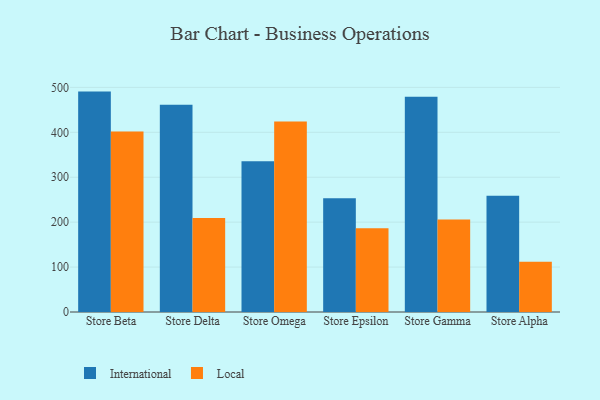
{"axis": {"x": "Store", "y": "Page Views"}, "legend": ["International", "Local"], "data": [{"x": "Store Beta", "y": 490.6, "type": "International"}, {"x": "Store Beta", "y": 401.9, "type": "Local"}, {"x": "Store Delta", "y": 461.6, "type": "International"}, {"x": "Store Delta", "y": 209.0, "type": "Local"}, {"x": "Store Omega", "y": 335.5, "type": "International"}, {"x": "Store Omega", "y": 424.1, "type": "Local"}, {"x": "Store Epsilon", "y": 253.3, "type": "International"}, {"x": "Store Epsilon", "y": 186.4, "type": "Local"}, {"x": "Store Gamma", "y": 479.1, "type": "International"}, {"x": "Store Gamma", "y": 205.9, "type": "Local"}, {"x": "Store Alpha", "y": 258.9, "type": "International"}, {"x": "Store Alpha", "y": 111.9, "type": "Local"}]}